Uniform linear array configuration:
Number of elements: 64
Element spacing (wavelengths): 1
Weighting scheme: hamming
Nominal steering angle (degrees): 0
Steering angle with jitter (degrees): -0.5687
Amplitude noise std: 0.05
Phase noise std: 0.05

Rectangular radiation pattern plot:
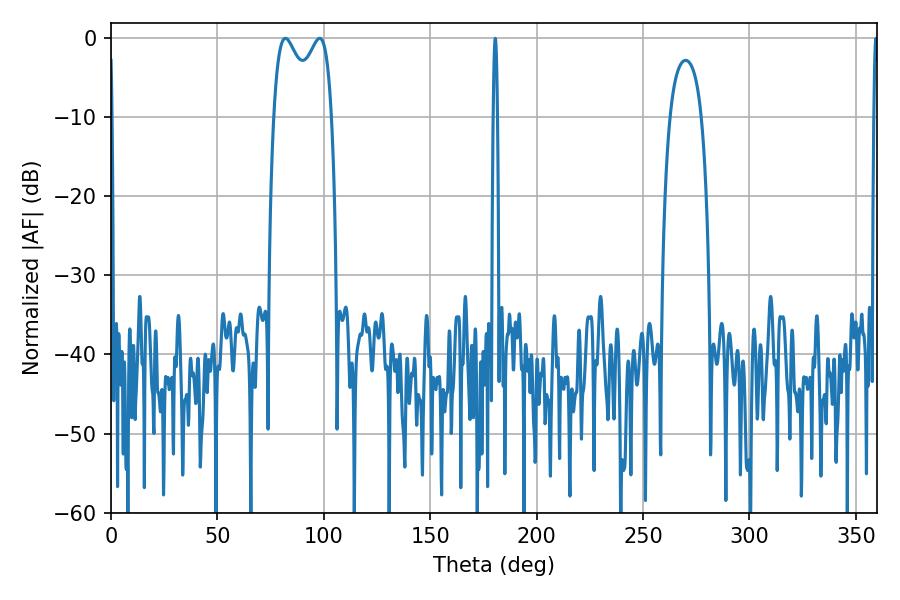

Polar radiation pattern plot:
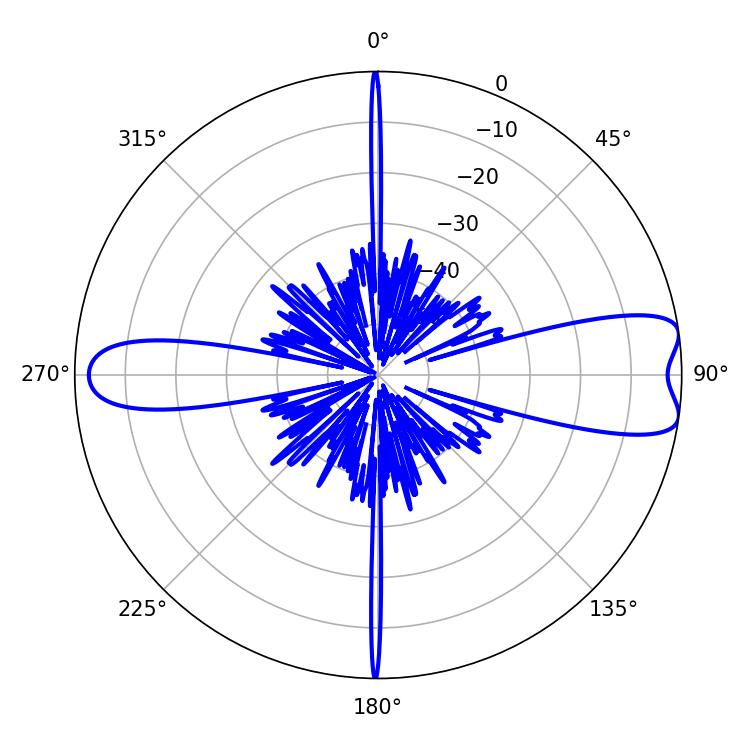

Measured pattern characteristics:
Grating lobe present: TRUE
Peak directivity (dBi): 9.431
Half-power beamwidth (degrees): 22.68
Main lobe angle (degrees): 81.9